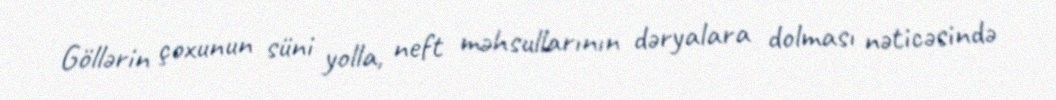
Göllərin çoxunun süni yolla, neft məhsullarının dəryalara dolması nəticəsində